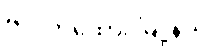
ဗိုလ်တထောင်မြို့နယ်